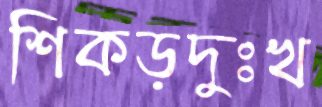
শিকড়দুঃখ